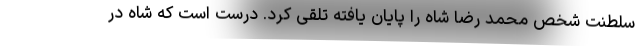
سلطنت شخص محمد رضا شاه را پایان یافته تلقی کرد. درست است که شاه در